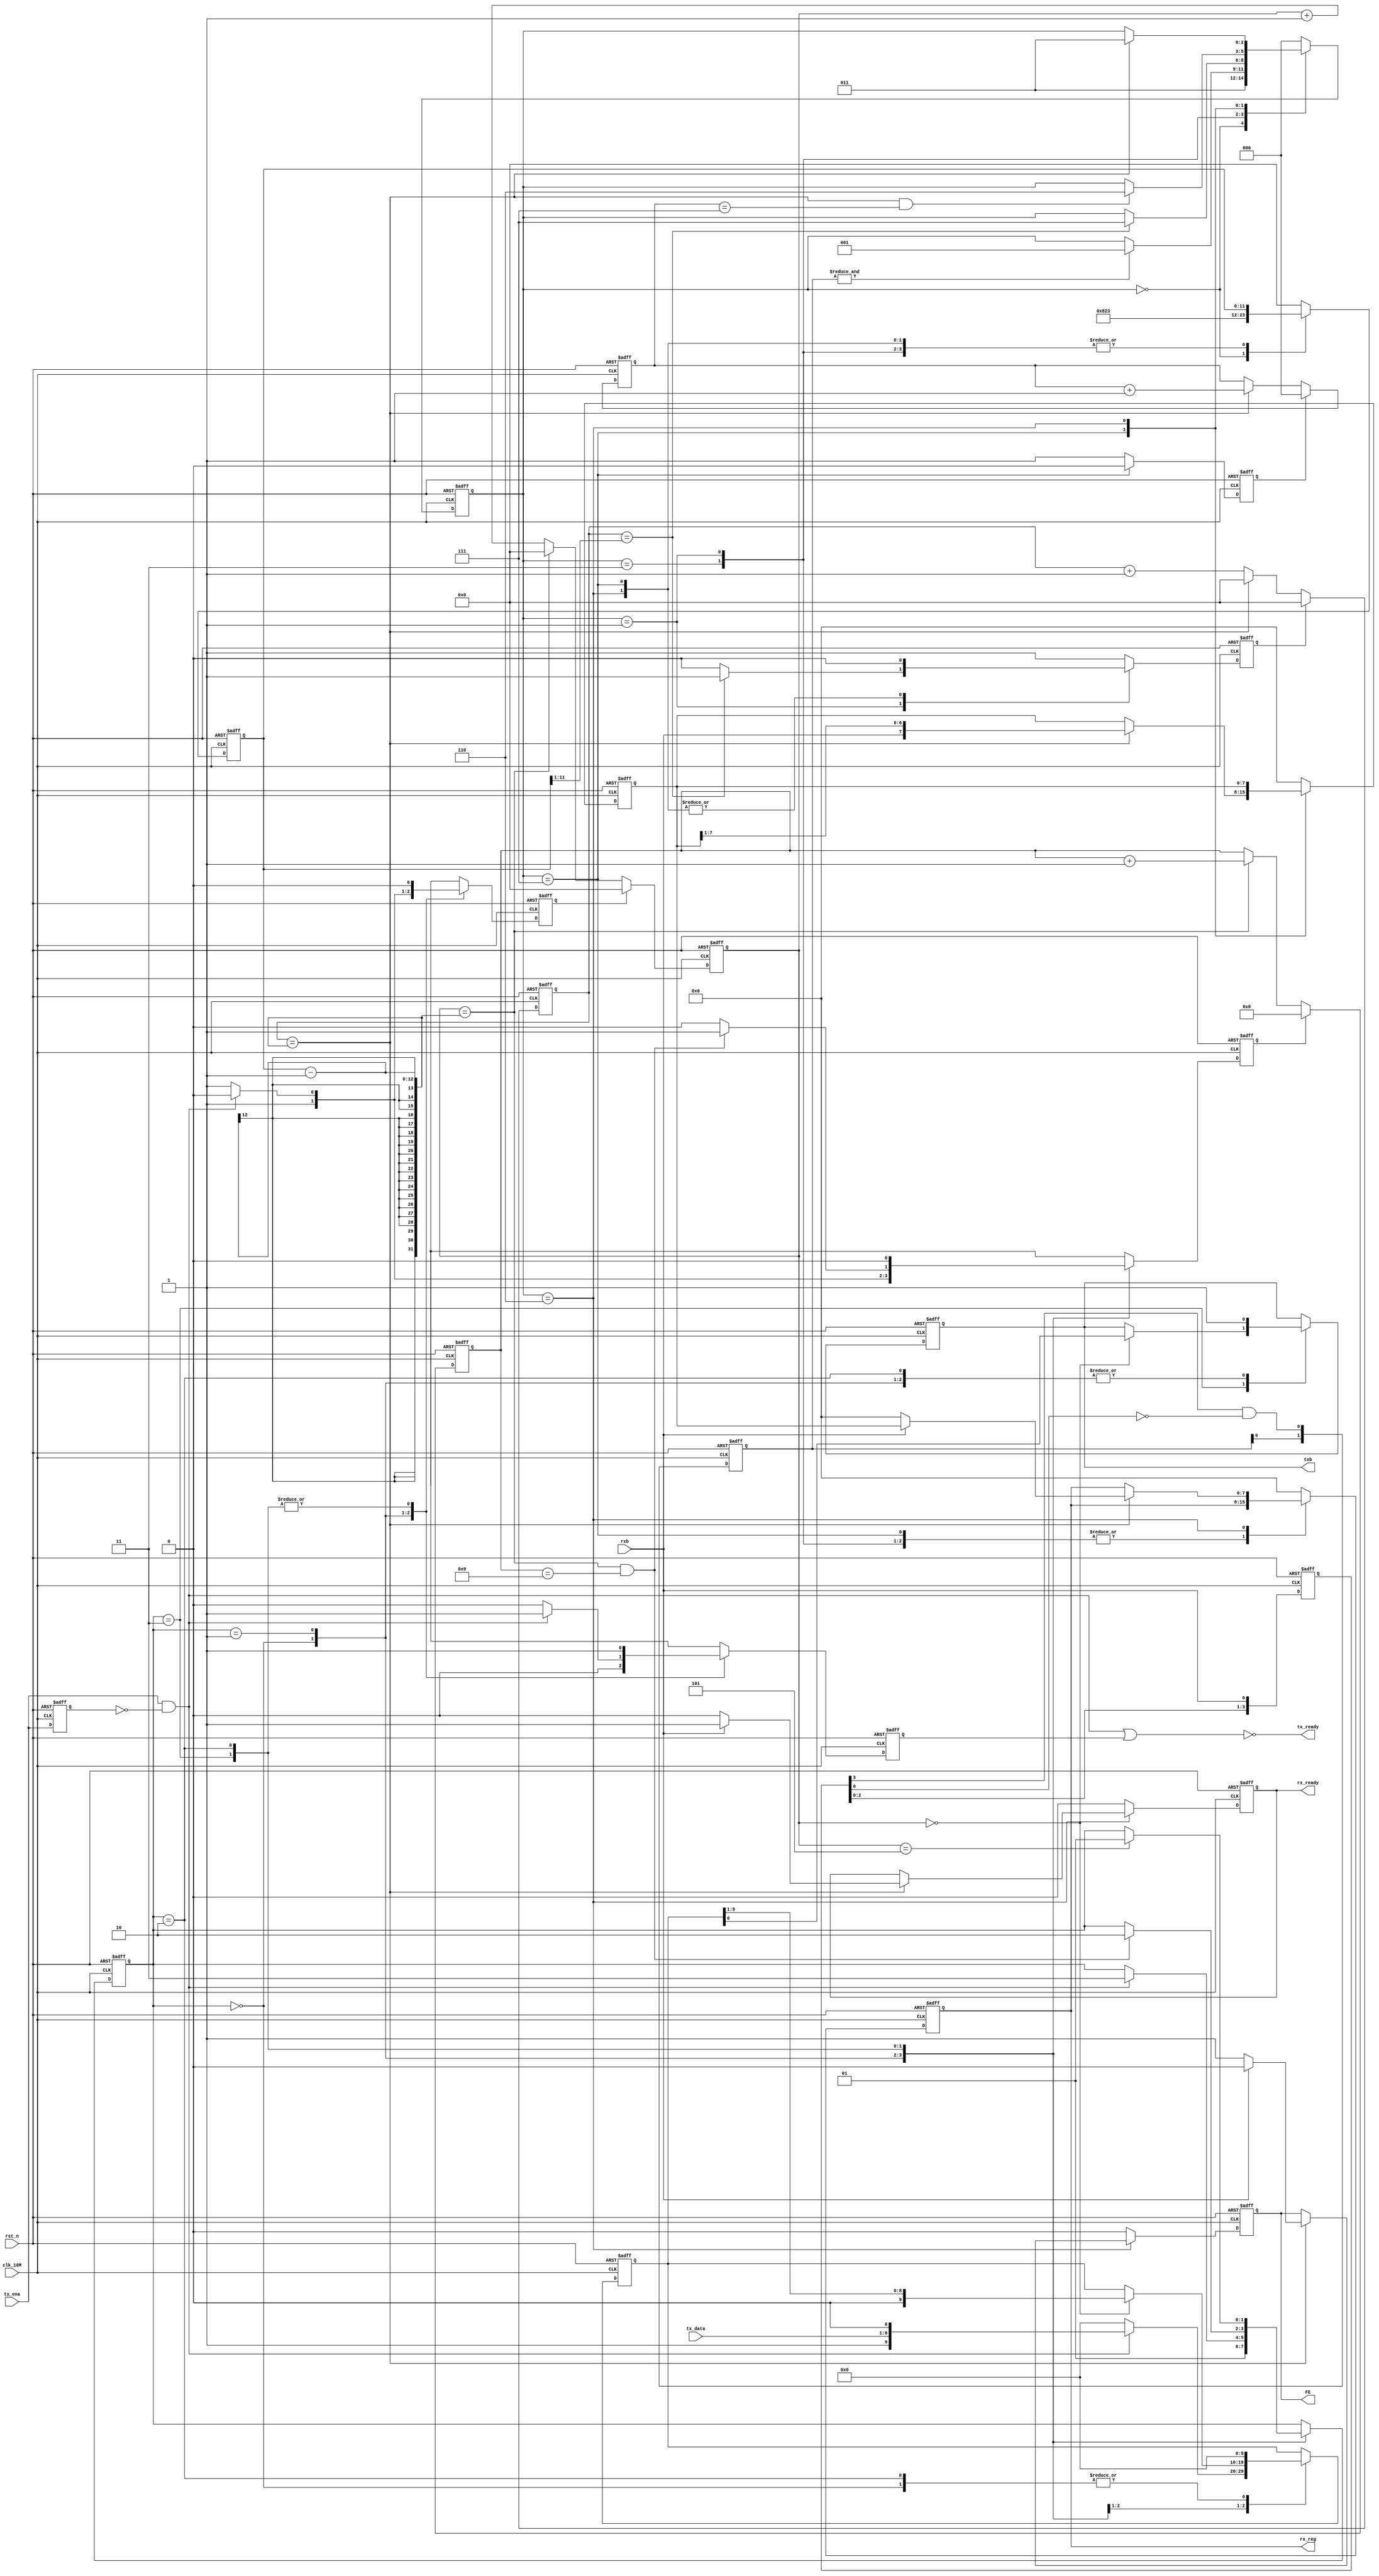
//////////////////////////////////////////////////////////////////////////////////////////////////////
//																									//
// Company:				ECRIEE(CETC38),  Communication Research Division							//
// Description:																						//
// Revision				1.0																			//
//																									//
// Copyright 2011, ECRIEE(CETC38), Communication Research Division									//
// All rights reserved.			 																	//
//																									//
//////////////////////////////////////////////////////////////////////////////////////////////////////


`timescale 1ns/10ps

module UART_driver(
	rst_n,			//asynchronous reset/low active
	clk_10M,		//clock (10MHz)
//	clk_divsor,		//round(10e6/baudrate) 	(symbol duration)
	
	rxb,			//receive data
	txb,			//transmit data
	
	rx_reg,			//receive data reg
	rx_ready,		//rx_reg available
	FE,				//frame error
	
	tx_ready,		//(=1)tx_reg idle
	tx_ena,			//rising edge start a transmit process
	tx_data			//transmit data input
	//optional port
	);



//=================== Port Declaration =================//	
	//~~~~~~~~~~~~~~~~~~~~~~~~~~~~~~~~~~~~~//
	input rst_n;
	input clk_10M;
//	input [11:0] clk_divsor;	
	
	input rxb;
	output reg txb;
	
	output reg [7:0] rx_reg;
	output reg rx_ready;		
	output reg FE;				
	
	output tx_ready;	
	input tx_ena;			
	input [7:0] tx_data;		
	//~~~~~~~~~~~~~~~~~~~~~~~~~~~~~~~~~~~~~//
//=========================rz=========================//	



//===================Parameter Definition===============//
	parameter edge_detection_delay = 4;			
	parameter frame_length = 8;				
	parameter silence_length = 5;	
	parameter clk_divsor = 2083;
//=========================rz=========================//	




//######################### RXB ########################//
//================= Variable Declaration ===============//
//~~~~~~~~~~~~~~~~~~~~~~~~~~~~~~~~~~~~~//	
	reg [11:0] clk_divsor_reg;
	reg [11:0] rx_symbol_cnt;
	reg [2:0] rx_bit_cnt;
	reg [edge_detection_delay-1:0] rxb_buf;
	reg [1:0] edge_detection_buf;
	reg [7:0] rx_reg_buf;
//~~~~~~~~~~~~~~~~~~~~~~~~~~~~~~~~~~~~~//	
//=========================rz=========================//	



//=================== Edge Detection ===================//
	wire falling_edge_rxb;
	wire byte_start;
	
	//==== buffer rxb data ====//
	always @(posedge clk_10M, negedge rst_n)
	    begin
		if (!rst_n) 
			rxb_buf <= 0;
		else 
			rxb_buf <= {rxb_buf[edge_detection_delay-2:0],rxb};		//MSB first
	    end
	
	//==== falling edge detection ====//
	assign falling_edge_rxb = rxb_buf[edge_detection_delay-1] & (~rxb_buf[0]);	//falling edge
	
	//==== double check ====//
	always @(posedge clk_10M, negedge rst_n)
	    begin
		if (!rst_n) 
			edge_detection_buf <= 0;
		else 
			edge_detection_buf <= {edge_detection_buf[0],falling_edge_rxb};	
		end
	
	assign byte_start = &edge_detection_buf;
//=========================rz=========================//	



//================= RX Symbol Counter ==================//
	reg rx_symbol_cnt_clr;
	wire rx_symbol_cnt_full;
	wire rx_symbol_cnt_half_full;
	wire [11:0] half_symbol_duration;

	assign rx_symbol_cnt_full = (rx_symbol_cnt == clk_divsor_reg-1);
	assign rx_symbol_cnt_half_full = (rx_symbol_cnt == half_symbol_duration);

	always @(posedge clk_10M, negedge rst_n)
		begin
		if (!rst_n)
			rx_symbol_cnt <= 0;
		else
		  begin
			if (rx_symbol_cnt_clr)
				rx_symbol_cnt <= 0;
			else
			  begin
				if (rx_symbol_cnt_full)
					rx_symbol_cnt <= 0;
				else
					rx_symbol_cnt <= rx_symbol_cnt + 1'b1;
			  end
		  end
		end
//=========================rz=========================//	



//================== RX Bit Counter ====================//
	reg rx_bit_cnt_clr;
	wire rx_bit_cnt_full;

	assign rx_bit_cnt_full = (rx_bit_cnt == frame_length-1);
//	assign rx_bit_cnt_full = (rx_bit_cnt == frame_length-2);
	
	always @(posedge clk_10M, negedge rst_n)
		begin
		if (!rst_n)
			rx_bit_cnt <= 0;
		else
		  begin
			if (rx_bit_cnt_clr)
				rx_bit_cnt <= 0;
			else
			  begin
				if (rx_symbol_cnt_full)
					rx_bit_cnt <= rx_bit_cnt + 1'b1;
			  end
		  end
		end
//=========================rz=========================//	



//============= State Machine of RXB Part1 =============//
	//================//
	reg [2:0] RXB_state;
	
	localparam 	Rx_Initialization 	= 3'b000,
				Wait_Half_Symbol	= 3'b001,
				Wait_for_ByteStart	= 3'b011,
				Byte_Receiving		= 3'b111,
				Stop_Bit			= 3'b110;
	//================//
	assign half_symbol_duration = clk_divsor_reg >> 1;			

	always @(posedge clk_10M, negedge rst_n)
		begin
			if (!rst_n)
					RXB_state	<= Rx_Initialization;
			else
				case(RXB_state)
					Rx_Initialization: 
						RXB_state <= Wait_for_ByteStart;
					Wait_for_ByteStart:
						if (byte_start)
							RXB_state <= Wait_Half_Symbol;
					Wait_Half_Symbol:		
						if(rx_symbol_cnt_half_full)
							RXB_state <= Byte_Receiving;
					Byte_Receiving:
						if (rx_symbol_cnt_full && rx_bit_cnt_full)
							RXB_state <= Stop_Bit;
					Stop_Bit:
						if (rx_symbol_cnt_full)
							RXB_state <= Wait_for_ByteStart;
					default:
						RXB_state <= Rx_Initialization;
				endcase
		end	
//=========================rz=========================//	



//============= State Machine of RXB Part2 =============//
	always @(posedge clk_10M, negedge rst_n)
		begin
			if (!rst_n)
				begin
					clk_divsor_reg <= 0;
					rx_symbol_cnt_clr <= 1'b1;
					rx_bit_cnt_clr <= 1'b1;
					rx_reg_buf <= 0;
					rx_reg <= 0;
					rx_ready <= 1'b0;
					FE <= 1'b0;
				end
			else
				case(RXB_state)
					Rx_Initialization: 
						begin
							clk_divsor_reg <= clk_divsor;
							rx_symbol_cnt_clr <= 1'b1;
							rx_bit_cnt_clr <= 1'b1;
							rx_reg_buf <= 0;
							rx_reg <= 0;
							rx_ready <= 1'b0;
							FE <= 1'b0;
						end
					Wait_for_ByteStart:
						begin
							rx_symbol_cnt_clr <= 1'b1;	
							rx_bit_cnt_clr <= 1'b1;
							rx_reg_buf <= 0;
							rx_reg <= rx_reg;
							rx_ready <= 1'b0;
							FE <= 1'b0;
						end
					Wait_Half_Symbol:
						begin
							if(rx_symbol_cnt_half_full)
								rx_symbol_cnt_clr <= 1'b1;
							else
								rx_symbol_cnt_clr <= 1'b0;	
							rx_bit_cnt_clr <= 1'b1;
							rx_reg_buf <= 0;
							rx_reg <= rx_reg;	
							rx_ready <= 1'b0;
							FE <= 1'b0;
						end
					Byte_Receiving:
						begin
							rx_symbol_cnt_clr <= 1'b0;
							rx_bit_cnt_clr <= 1'b0;
							if (rx_symbol_cnt_full)
								rx_reg_buf <= {rxb,rx_reg_buf[frame_length-1:1]};
							rx_reg <= rx_reg;	
							rx_ready <= 1'b0;	
							FE <= 1'b0;
						end
					Stop_Bit:
						begin
							rx_symbol_cnt_clr <= 1'b0;
							rx_bit_cnt_clr <= 1'b1;
							if (rx_symbol_cnt_full)
								if (rxb)
								begin
									rx_reg <= rx_reg_buf;
									rx_ready <= 1'b1;
									FE <= 1'b0;
								end
								else
								begin
									rx_reg <= 0;
									rx_ready <= 1'b0;
									FE <= 1'b1;
								end
						end
					default:
						begin
							clk_divsor_reg <= 0;
							rx_symbol_cnt_clr <= 1'b1;
							rx_bit_cnt_clr <= 1'b1;
							rx_reg_buf <= 0;
							rx_reg <= 0;
							rx_ready <= 1'b0;
							FE <= 1'b0;
						end
				endcase
		end	
//=========================rz=========================//	
//######################################################//




//######################### TXB ########################//
//================= Variable Declaration ===============//
//~~~~~~~~~~~~~~~~~~~~~~~~~~~~~~~~~~~~~//	
	reg [9:0] tx_reg;
	reg [11:0] tx_symbol_cnt;
	reg [3:0] tx_bit_cnt;
	reg tx_busy;
//~~~~~~~~~~~~~~~~~~~~~~~~~~~~~~~~~~~~~//	
//=========================rz=========================//	



//=================== Edge Detection ===================//
	reg tx_ena_buf;
	wire tx_start;
	
	always @(posedge clk_10M, negedge rst_n)
		begin
			if (!rst_n) 
				tx_ena_buf <= 1'b0;
			else 
				tx_ena_buf <= tx_ena;
		end
	
		assign tx_start = tx_ena & (~tx_ena_buf);		//rising edge
		assign tx_ready = ~(tx_start | tx_busy);
//=========================rz=========================//	



//================= TX Symbol Counter ==================//
	reg tx_symbol_cnt_clr;
	wire tx_symbol_cnt_full;

	assign tx_symbol_cnt_full = (tx_symbol_cnt == clk_divsor_reg-1);

	always @(posedge clk_10M, negedge rst_n)
		begin
		if (!rst_n)
			tx_symbol_cnt <= 0;
		else
		  begin
			if (tx_symbol_cnt_clr)
				tx_symbol_cnt <= 0;
			else
			  begin
				if (tx_symbol_cnt_full)
					tx_symbol_cnt <= 0;
				else
					tx_symbol_cnt <= tx_symbol_cnt + 1'b1;
			  end
		  end
		end
//=========================rz=========================//	



//================== TX Bit Counter ====================//
	reg tx_bit_cnt_clr;
	wire tx_bit_cnt_full;

	assign tx_bit_cnt_full = (tx_bit_cnt == 4'd9);

	always @(posedge clk_10M, negedge rst_n)
		begin
		if (!rst_n)
			tx_bit_cnt <= 0;
		else
		  begin
			if (tx_bit_cnt_clr)
				tx_bit_cnt <= 0;
			else
			  begin
				if (tx_symbol_cnt_full)
					tx_bit_cnt <= tx_bit_cnt + 1'b1;
			  end
		  end
		end
//=========================rz=========================//	



//============= State Machine of TXB Part1 =============//
	//================//
	reg [1:0] TXB_state;
	
	localparam 	Tx_Initialization 	= 2'b00,
				Wait_for_tx_start	= 2'b01,
				Byte_Sending		= 2'b11,
				Silence				= 2'b10;
	//================//		

	always @(posedge clk_10M, negedge rst_n)
		begin
			if (!rst_n)
					TXB_state	<= Tx_Initialization;
			else
				case(TXB_state)
					Tx_Initialization: 
						TXB_state <= Wait_for_tx_start;
					Wait_for_tx_start:
						if (tx_start)
							TXB_state <= Byte_Sending;
					Byte_Sending:		
						if(tx_symbol_cnt_full && tx_bit_cnt_full)
							TXB_state <= Silence;
					Silence:
						if (tx_symbol_cnt == silence_length)
							TXB_state <= Wait_for_tx_start;
					default:
						TXB_state <= Tx_Initialization;
				endcase
		end	
//=========================rz=========================//	



//============= State Machine of TXB Part2 =============//
	always @(posedge clk_10M, negedge rst_n)
		begin
			if (!rst_n)
				begin
					tx_symbol_cnt_clr <= 1'b1;
					tx_bit_cnt_clr <= 1'b1;
					tx_busy <= 1'b0;
					tx_reg <= 10'b0;
					txb <= 1'b1;
				end
			else
				case(TXB_state)
					Tx_Initialization: 
						begin
							tx_symbol_cnt_clr <= 1'b1;
							tx_bit_cnt_clr <= 1'b1;
							tx_busy <= 1'b0;
							tx_reg <= 10'b0;
							txb <= 1'b1;
						end
					Wait_for_tx_start:
						begin
							if (tx_start)
							  begin
							  	tx_busy <= 1'b1;
								tx_symbol_cnt_clr <= 1'b0;
								tx_bit_cnt_clr <= 1'b0;
								tx_reg <= {1'b1,tx_data,1'b0};
							  end
							else
							  begin
								tx_busy <= 1'b0;
								tx_symbol_cnt_clr <= 1'b1;
								tx_bit_cnt_clr <= 1'b1;
								tx_reg <= 10'b0;
							  end
								
							txb <= 1'b1;
						end
					Byte_Sending:
						begin
							tx_symbol_cnt_clr <= 1'b0;
							if (tx_symbol_cnt_full && tx_bit_cnt_full)
								tx_bit_cnt_clr <= 1'b1;
							else
								tx_bit_cnt_clr <= 1'b0;
							
							tx_busy <= 1'b1;
							
							if (tx_symbol_cnt == 0)
							  begin
								tx_reg <= {1'b0,tx_reg[9:1]};
								txb <= tx_reg[0];	// LSB first
							  end
						end	
					Silence:
						begin
							tx_symbol_cnt_clr <= 1'b0;
							tx_bit_cnt_clr <= 1'b0;
							tx_busy <= 1'b1;
							tx_reg <= 10'b0;
							txb <= 1'b1;
						end
					default:
						begin
							tx_symbol_cnt_clr <= 1'b1;
							tx_bit_cnt_clr <= 1'b1;
							tx_busy <= 1'b0;
							tx_reg <= 10'b0;
							txb <= 1'b1;
						end
				endcase
		end	
//=========================rz=========================//	
endmodule